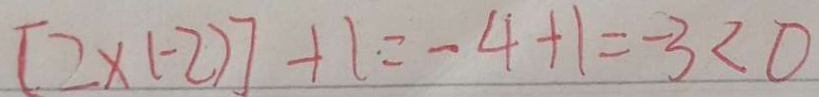
[ 2 \times ( - 2 ) ] + 1 = - 4 + 1 = - 3 < 0